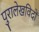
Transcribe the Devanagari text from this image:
पुरालेखविदों